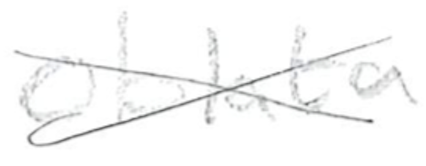
Text: oblata
Cross-out: cross
Writing tool: pencil